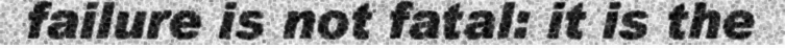
failure is not fatal: it is the